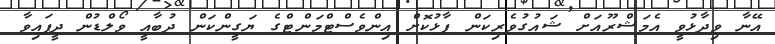
އޭނާ ވިދާޅުވީ އެމަޝްރޫއަށް ޝައުގުވެރިކަން ފާޅުކޮށް އިންވެސްޓްމަންޓްގެ ޔަގީންކަން ދުބާއީ ވޯލްޑުން ދީފައިވާ